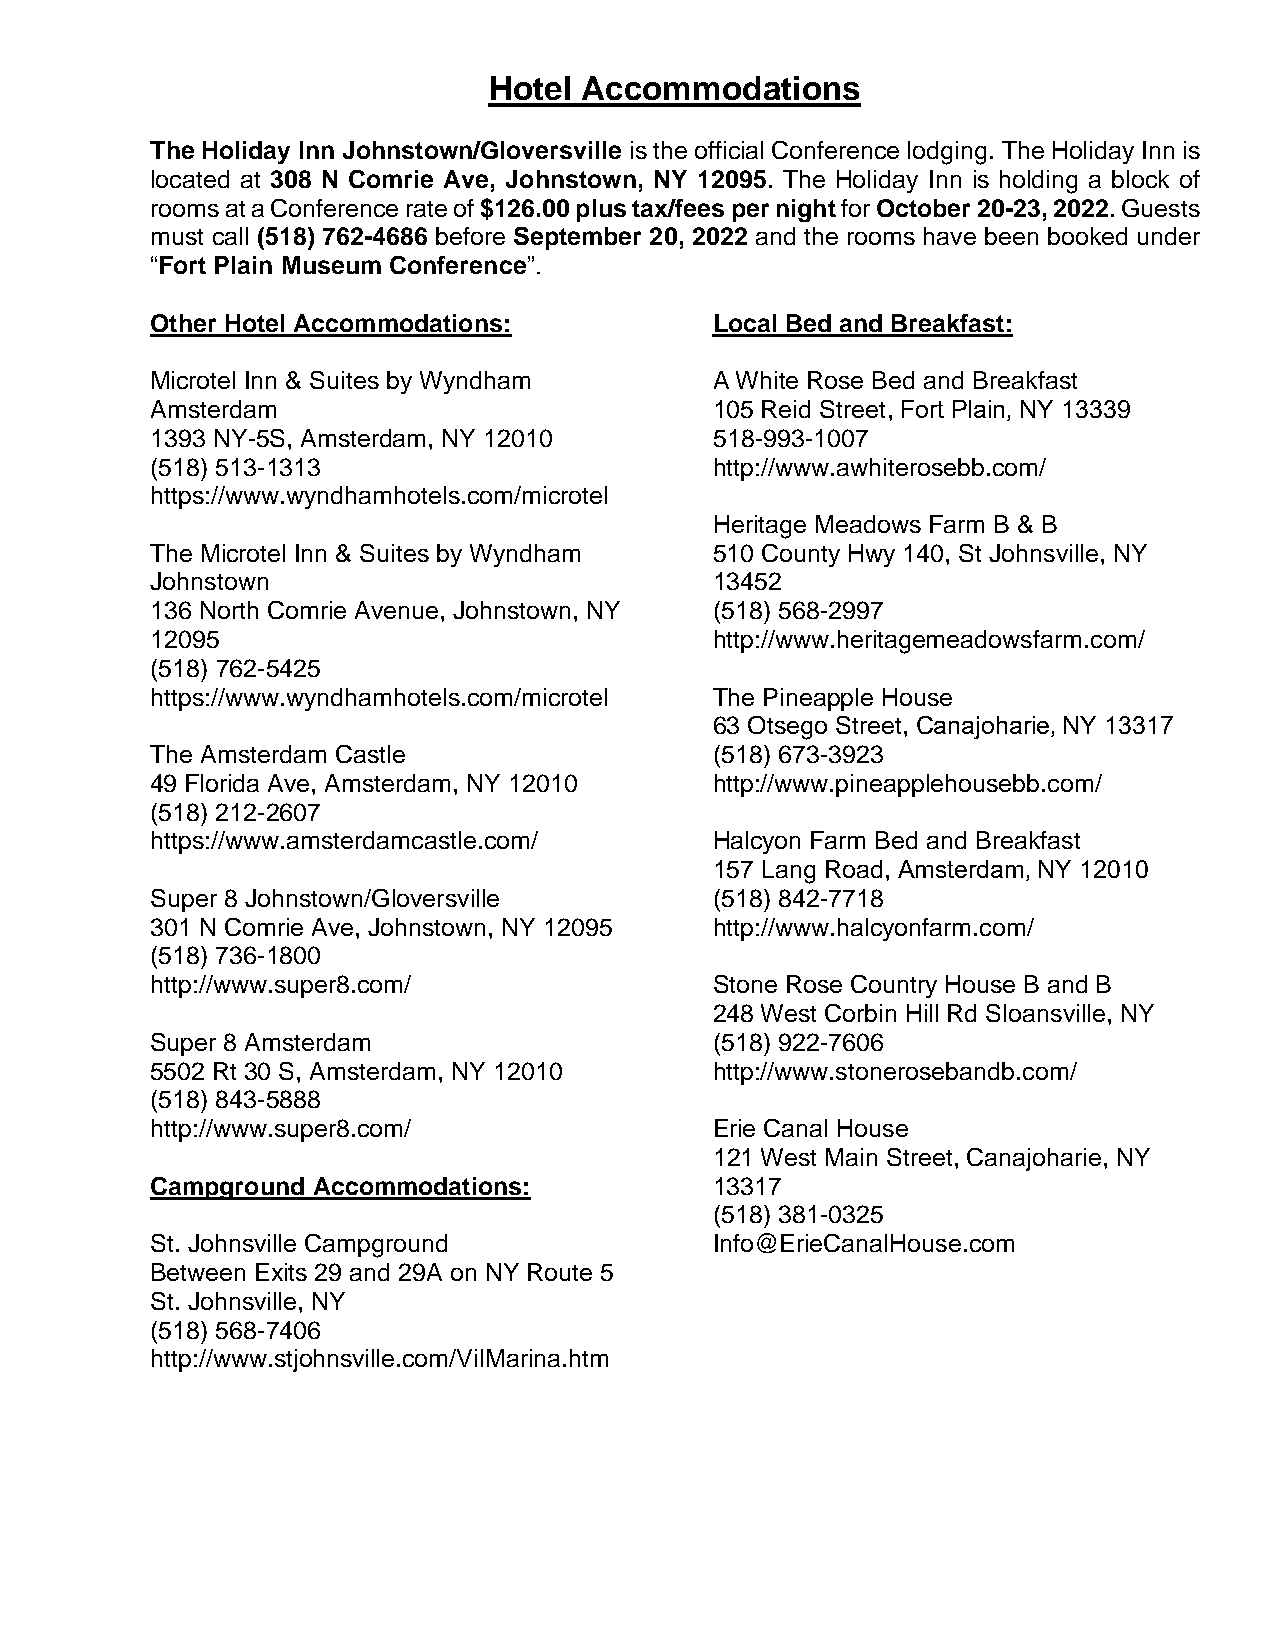
Hotel Accommodations
 The Holiday Inn Johnstown/Gloversville is the official Conference lodging. The Holiday Inn is
 located at 308 N Comrie Ave, Johnstown, NY 12095. The Holiday Inn is holding a block of
 rooms at a Conference rate of $126.00 plus tax/fees per night for October 20-23, 2022. Guests
 must call (518) 762-4686 before September 20, 2022 and the rooms have been booked under
 “Fort Plain Museum Conference”.
 Other Hotel Accommodations:          Local Bed and Breakfast:
 Microtel Inn & Suites by Wyndham     A White Rose Bed and Breakfast
 Amsterdam                            105 Reid Street, Fort Plain‚ NY 13339
 1393 NY-5S, Amsterdam, NY 12010      518-993-1007
 (518) 513-1313                       http://www.awhiterosebb.com/
 https://www.wyndhamhotels.com/microtel
 Heritage Meadows Farm B & B
 The Microtel Inn & Suites by Wyndham 510 County Hwy 140, St Johnsville, NY
 Johnstown                            13452
 136 North Comrie Avenue, Johnstown, NY (518) 568-2997
 12095                                http://www.heritagemeadowsfarm.com/
 (518) 762-5425
 https://www.wyndhamhotels.com/microtel The Pineapple House
 63 Otsego Street, Canajoharie‚ NY 13317
 The Amsterdam Castle                 (518) 673-3923
 49 Florida Ave, Amsterdam, NY 12010  http://www.pineapplehousebb.com/
 (518) 212-2607
 https://www.amsterdamcastle.com/     Halcyon Farm Bed and Breakfast
 157 Lang Road, Amsterdam‚ NY 12010
 Super 8 Johnstown/Gloversville       (518) 842-7718
 301 N Comrie Ave, Johnstown, NY 12095 http://www.halcyonfarm.com/
 (518) 736-1800
 http://www.super8.com/               Stone Rose Country House B and B
 248 West Corbin Hill Rd Sloansville, NY
 Super 8 Amsterdam                    (518) 922-7606
 5502 Rt 30 S, Amsterdam, NY 12010    http://www.stonerosebandb.com/
 (518) 843-5888
 http://www.super8.com/               Erie Canal House
 121 West Main Street, Canajoharie, NY
 Campground Accommodations:           13317
 (518) 381-0325
 St. Johnsville Campground            Info@ErieCanalHouse.com
 Between Exits 29 and 29A on NY Route 5
 St. Johnsville, NY
 (518) 568-7406
 http://www.stjohnsville.com/VilMarina.htm